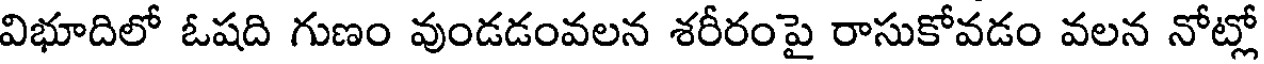
విభూదిలో ఓషది గుణం వుండడంవలన శరీరంపై రాసుకోవడం వలన నోట్లో